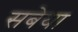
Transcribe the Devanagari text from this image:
सबेया